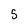
Character: 5